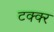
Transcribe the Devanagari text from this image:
टक्क्‍र